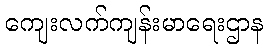
ကျေးလက်ကျန်းမာရေးဌာန